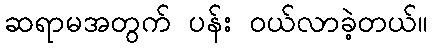
ဆရာမအတွက် ပန်း ဝယ်လာခဲ့တယ်။